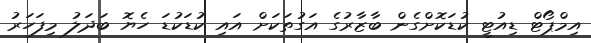
އިމްޕޯޓް ޑިއުޓީ ކުޑަކޮށްގެން ބާޒާރުގެ އަގުތަކަށް އައި ކުޑަކުޑަ ހެޔޮ ބަދަލު މިފަހަރު